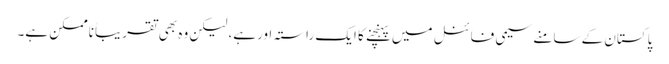
پاکستان کے سامنے سیمی فائنل میں پہنچنے کا ایک راستہ اورہے، لیکن وہ بھی تقریباً ناممکن ہے۔